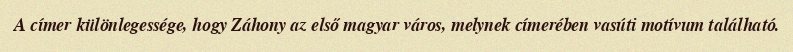
A címer különlegessége, hogy Záhony az első magyar város, melynek címerében vasúti motívum található.